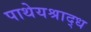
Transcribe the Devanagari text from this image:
पाथेयश्राद्ध